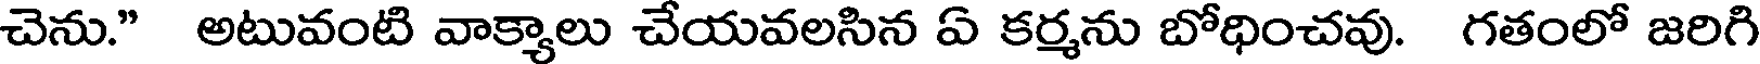
చెను." అటువంటి వాక్యాలు చేయవలసిన ఏ కర్మను బోధించవు. గతంలో జరిగి